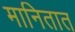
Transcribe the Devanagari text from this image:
मानितात